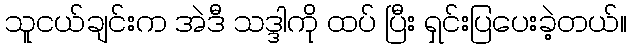
သူငယ်ချင်းက အဲဒီ သဒ္ဒါကို ထပ် ပြီး ရှင်းပြပေးခဲ့တယ်။